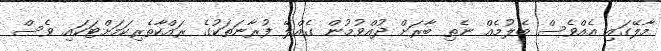
މާލޭގައި އެއްވެސް ބެލުމެއް ނެތި ބާރަށް ދުއްވުމުން ގެއްލޭ ފުރާނަތަކުގެ ރައްކާތެރިކަމަށްޓަކައި ވެސް